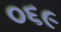
૦૬૯